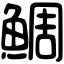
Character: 鯛